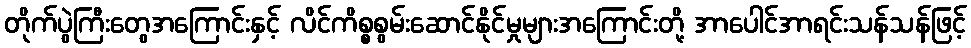
တိုက်ပွဲကြီးတွေအကြောင်းနှင့် လိင်ကိစ္စစွမ်းဆောင်နိုင်မှုများအကြောင်းတို့ အာပေါင်အာရင်းသန်သန်ဖြင့်